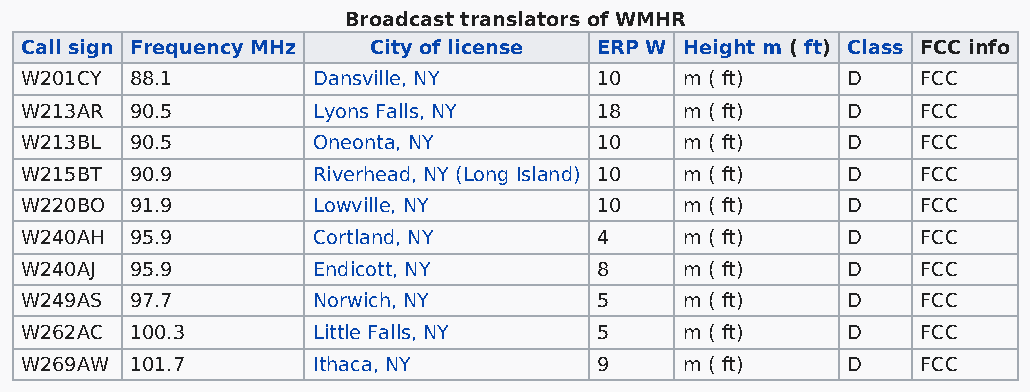
Broadcast translators of WMHR
 Call sign Frequency MHz City of license ERP W Height m ( ft) Class FCC info
 W201CY  88.1        Dansville, NY     10    m ( ft)    D    FCC
 W213AR  90.5        Lyons Falls, NY   18    m ( ft)    D    FCC
 W213BL  90.5        Oneonta, NY       10    m ( ft)    D    FCC
 W215BT  90.9        Riverhead, NY (Long Island) 10 m ( ft) D FCC
 W220BO  91.9        Lowville, NY      10    m ( ft)    D    FCC
 W240AH  95.9        Cortland, NY      4     m ( ft)    D    FCC
 W240AJ  95.9        Endicott, NY      8     m ( ft)    D    FCC
 W249AS  97.7        Norwich, NY       5     m ( ft)    D    FCC
 W262AC  100.3       Little Falls, NY  5     m ( ft)    D    FCC
 W269AW  101.7       Ithaca, NY        9     m ( ft)    D    FCC